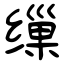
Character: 缫